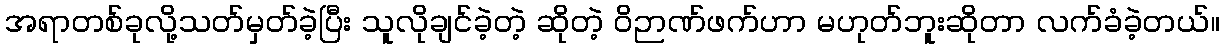
အရာတစ်ခုလို့သတ်မှတ်ခဲ့ပြီး သူလိုချင်ခဲ့တဲ့ ဆိုတဲ့ ဝိဉာဏ်ဖက်ဟာ မဟုတ်ဘူးဆိုတာ လက်ခံခဲ့တယ်။